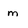
Character: m